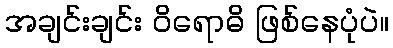
အချင်းချင်း ဝိရောဓိ ဖြစ်နေပုံပဲ။